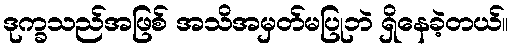
ဒုက္ခသည်အဖြစ် အသိအမှတ်မပြုဘဲ ရှိနေခဲ့တယ်။